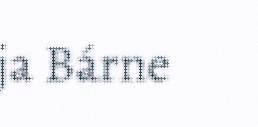
ja Bárne